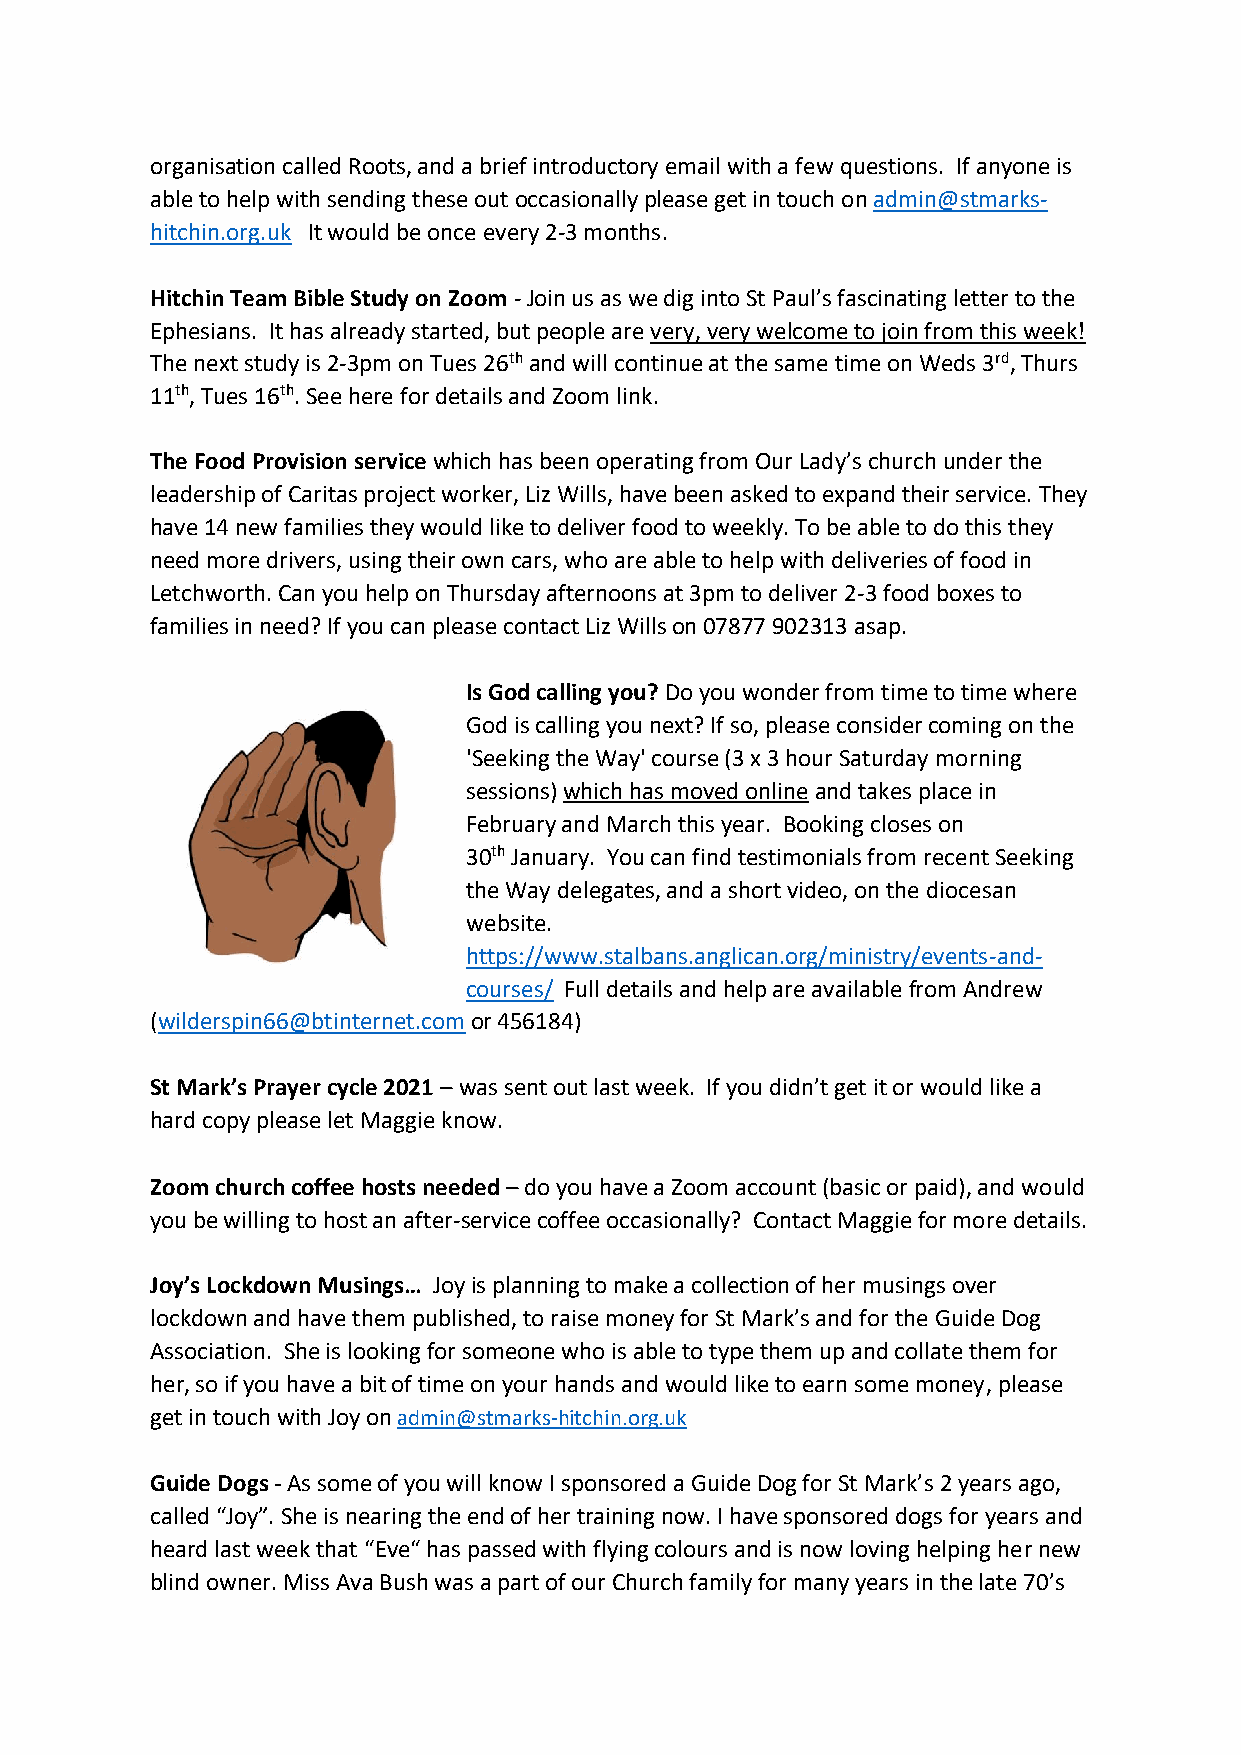
organisation called Roots, and a brief introductory email with a few questions. If anyone is
 able to help with sending these out occasionally please get in touch on admin@stmarks-
 hitchin.org.uk It would be once every 2-3 months.
 Hitchin Team Bible Study on Zoom - Join us as we dig into St Paul’s fascinating letter to the
 Ephesians. It has already started, but people are very, very welcome to join from this week!
 The next study is 2-3pm on Tues 26th and will continue at the same time on Weds 3rd, Thurs
 11th, Tues 16th. See here for details and Zoom link.
 The Food Provision service which has been operating from Our Lady’s church under the
 leadership of Caritas project worker, Liz Wills, have been asked to expand their service. They
 have 14 new families they would like to deliver food to weekly. To be able to do this they
 need more drivers, using their own cars, who are able to help with deliveries of food in
 Letchworth. Can you help on Thursday afternoons at 3pm to deliver 2-3 food boxes to
 families in need? If you can please contact Liz Wills on 07877 902313 asap.
 Is God calling you? Do you wonder from time to time where
 God is calling you next? If so, please consider coming on the
 'Seeking the Way' course (3 x 3 hour Saturday morning
 sessions) which has moved online and takes place in
 February and March this year. Booking closes on
 30th January. You can find testimonials from recent Seeking
 the Way delegates, and a short video, on the diocesan
 website.
 https://www.stalbans.anglican.org/ministry/events-and-
 courses/ Full details and help are available from Andrew
 (wilderspin66@btinternet.com or 456184)
 St Mark’s Prayer cycle 2021 – was sent out last week. If you didn’t get it or would like a
 hard copy please let Maggie know.
 Zoom church coffee hosts needed – do you have a Zoom account (basic or paid), and would
 you be willing to host an after-service coffee occasionally? Contact Maggie for more details.
 Joy’s Lockdown Musings… Joy is planning to make a collection of her musings over
 lockdown and have them published, to raise money for St Mark’s and for the Guide Dog
 Association. She is looking for someone who is able to type them up and collate them for
 her, so if you have a bit of time on your hands and would like to earn some money, please
 get in touch with Joy on admin@stmarks-hitchin.org.uk
 Guide Dogs - As some of you will know I sponsored a Guide Dog for St Mark’s 2 years ago,
 called “Joy”. She is nearing the end of her training now. I have sponsored dogs for years and
 heard last week that “Eve“ has passed with flying colours and is now loving helping her new
 blind owner. Miss Ava Bush was a part of our Church family for many years in the late 70’s